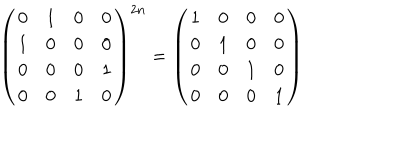
\left( \begin{array} { c c c c } { { 0 } } & { { 1 } } & { { 0 } } & { { 0 } } \\ { { 1 } } & { { 0 } } & { { 0 } } & { { 0 } } \\ { { 0 } } & { { 0 } } & { { 0 } } & { { 1 } } \\ { { 0 } } & { { 0 } } & { { 1 } } & { { 0 } } \\ \end{array} \right) ^ { 2 n } = \left( \begin{array} { c c c c } { { 1 } } & { { 0 } } & { { 0 } } & { { 0 } } \\ { { 0 } } & { { 1 } } & { { 0 } } & { { 0 } } \\ { { 0 } } & { { 0 } } & { { 1 } } & { { 0 } } \\ { { 0 } } & { { 0 } } & { { 0 } } & { { 1 } } \\ \end{array} \right)